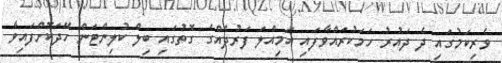
ވެރިކަމުގައި ދެ ދައުރު ހަމަކުރައްވާފައި އަމިއްލަ ފަރުދެއްގެ ގޮތުގައި ބިލް ކުލިންޓަން ހޭދަކޮށްފައިވާ